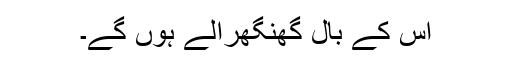
اس کے بال گھنگھرالے ہوں گے۔